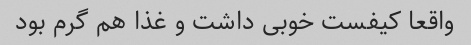
واقعا کیفست خوبی داشت و غذا هم گرم بود